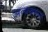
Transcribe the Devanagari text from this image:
अव्ययरूप